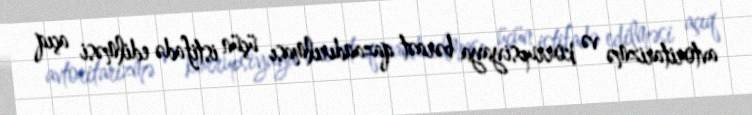
avtoritarizmə və korrupsiyaya bəraət qazandırılması üçün istifadə edilməsi açıq